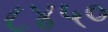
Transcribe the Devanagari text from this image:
८४५०